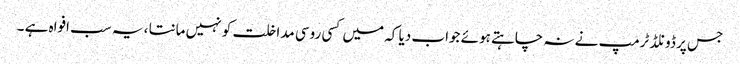
جس پر ڈونلڈ ٹرمپ نے نہ چاہتے ہوئے جواب دیا کہ میں کسی روسی مداخلت کو نہیں مانتا ، یہ سب افواہ ہے ۔